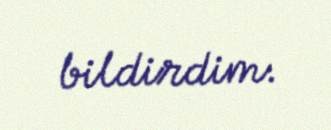
bildirdim.